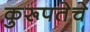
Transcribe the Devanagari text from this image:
कुरूपतेचे